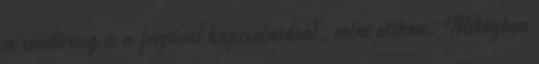
a rendőrség és a fesztivál kapcsolatáról, mint otthon. Miközben